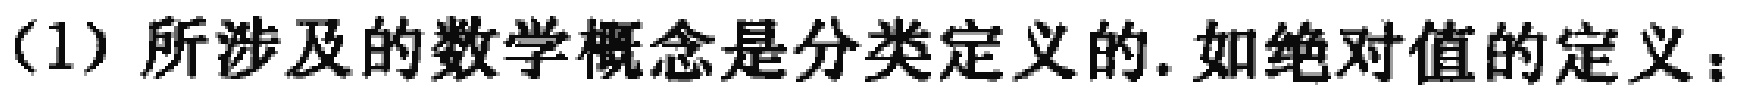
（1）所涉及的数学概念是分类定义的. 如绝对值的定义：